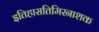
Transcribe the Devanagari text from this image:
इतिहासतिमिरनाशक